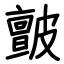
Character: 皽